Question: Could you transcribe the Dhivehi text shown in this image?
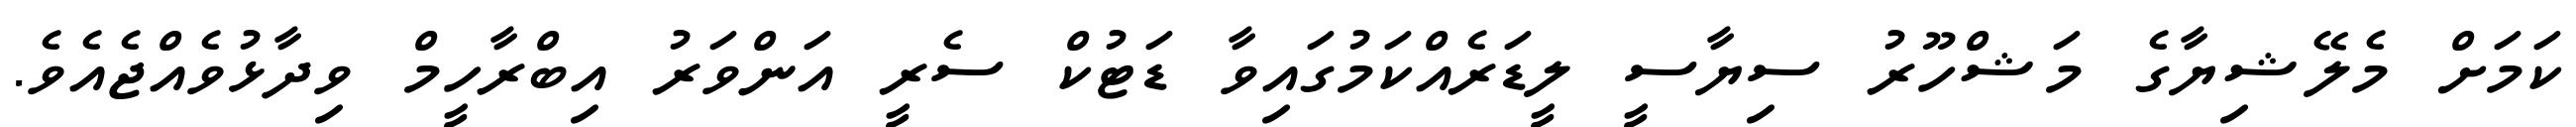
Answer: ކަމަށް މެލޭޝިޔާގެ މަޝްހޫރު ސިޔާސީ ލީޑަރެއްކަމުގައިވާ ޑަޓުކް ސެރީ އަންވަރު އިބްރާހީމް ވިދާޅުވެއްޖެއެވެ.